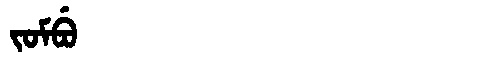
Manchu: ᠵᠣᠮᠪᡠ
Romanization: JOMBU